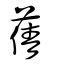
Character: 蒨